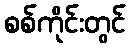
စစ်ကိုင်းတွင်